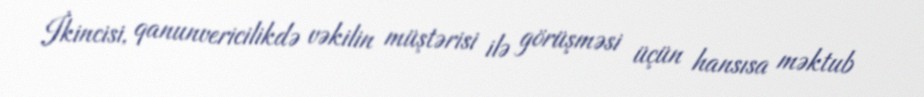
İkincisi, qanunvericilikdə vəkilin müştərisi ilə görüşməsi üçün hansısa məktub